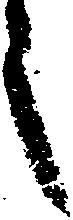
之